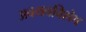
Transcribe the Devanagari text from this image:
अवयवविशेष